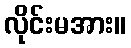
လိုင်းမအား။